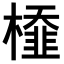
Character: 𣜂